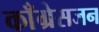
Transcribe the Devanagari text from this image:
काँग्रेसजन